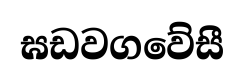
ඝඩවගවේසී